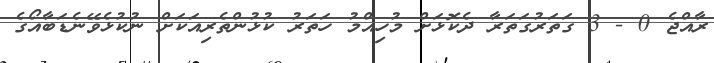
ރާއްޖެ 0 - 3 ގަތަރުގަތަރާ ދެކޮޅަށް މުހިއްމު ހަތަރު ކުޅުންތެރިއަކަށް ނުކުޅެވޭނެޑަބާއޯގެ